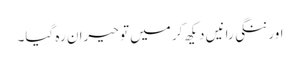
اور ننگی رانیں دیکھ کر میں تو حیران رہ گیا۔